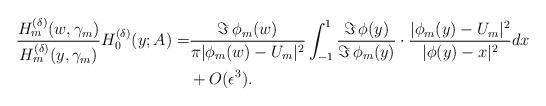
LaTeX: \begin{align*}\frac{H_m^{(\delta )}(w, \gamma_m)}{H_m^{(\delta )}(y, \gamma _m)}H_0^{(\delta )}(y; A) =&\frac{\Im\, \phi _m(w)}{ \pi |\phi _m(w)-U_m|^2} \int _{-1}^{1}\frac{\Im\, \phi (y)}{\Im\, \phi _m (y)} \cdot \frac{|\phi _m (y) -U_m|^2}{|\phi(y)-x|^2} dx \\& +O(\epsilon ^3 ).\end{align*}